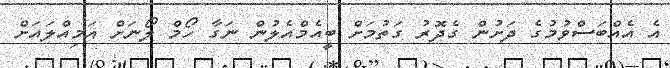
އެ އެއްބަސްވުމުގެ ދަށުން ގެދޮރު ގަތުމަށް ބީއެމްއެލުން ނަގާ ހޯމް ލޯނަށް އަމިއްލައަށް